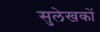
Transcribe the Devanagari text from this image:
सुलेखकों